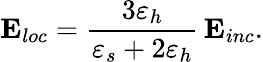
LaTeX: {\mathbf E}_{loc}=\frac{3\varepsilon_{h}}{\varepsilon_{s}+2\varepsilon_{h}}\, {\mathbf E}_{inc}.